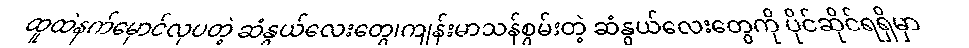
ထူထဲနက်မှောင်လှပတဲ့ ဆံနွယ်လေးတွေ၊ကျန်းမာသန်စွမ်းတဲ့ ဆံနွယ်လေးတွေကို ပိုင်ဆိုင်ရရှိမှာ